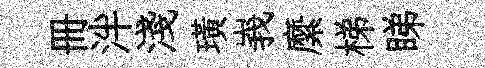
册泮淺璜峩縻梯睇